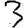
Digit: 3